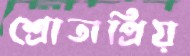
শ্রোতাপ্রিয়